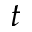
t